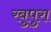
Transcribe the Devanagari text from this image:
रबुपुरा